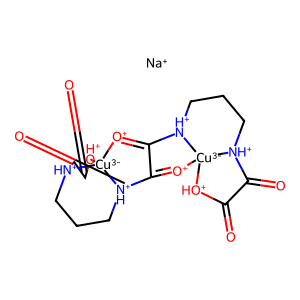
SMILES: O=C1[OH+][Cu-3]23[O+]=C4C(=[O+][Cu-3]56[OH+]C(=O)C(=O)[NH+]5CCC[NH+]46)[NH+]2CCC[NH+]3C1=O.[Na+]
Inhibits HIV replication: No